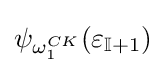
\psi _{\omega _{1}^{CK}}(\varepsilon _{\mathbb {I} +1})